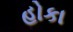
હોકા